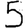
Digit: 5